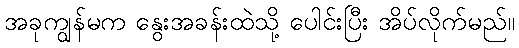
အခုကျွန်မက နွေးအခန်းထဲသို့ ပေါင်းပြီး အိပ်လိုက်မည်။